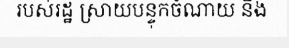
របស់រដ្ឋ ស្រាយបន្ទុកចំណាយ និង